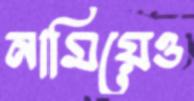
নামিয়েও